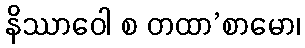
နိဿာဝေါ စ တထာ’စာမော၊